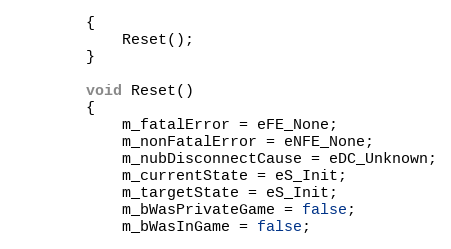
Language: C
		{
			Reset();
		}

		void Reset()
		{
			m_fatalError = eFE_None;
			m_nonFatalError = eNFE_None;
			m_nubDisconnectCause = eDC_Unknown;
			m_currentState = eS_Init;
			m_targetState = eS_Init;
			m_bWasPrivateGame = false;
			m_bWasInGame = false;